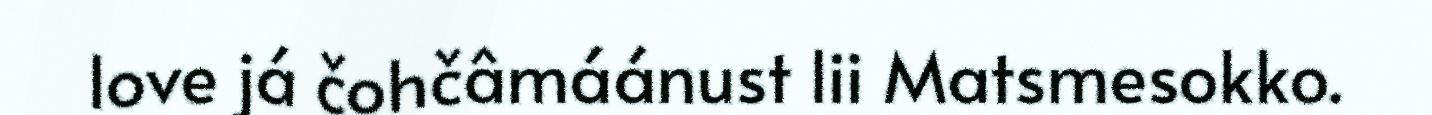
love já čohčâmáánust lii Matsmesokko.